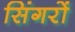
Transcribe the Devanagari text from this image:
सिंगरों